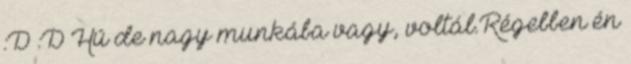
:D :D Hú de nagy munkába vagy, voltál.Régebben én